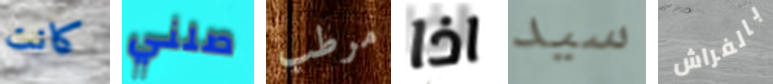
كانت صلني مرطب اذا سيد بالفراش